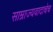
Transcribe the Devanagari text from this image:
साम्राज्यवादाचेच